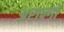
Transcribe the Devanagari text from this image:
अरान्गो